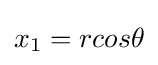
x_{1}=rcos\theta